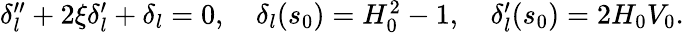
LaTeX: \begin{array}{r}{\delta_{l}^{\prime\prime}+2\xi\delta_{l}^{\prime}+\delta_{l}=0,\quad\delta_{l}(s_{0})=H_{0}^{2}-1,\quad\delta_{l}^{\prime}(s_{0})=2H_{0}V_{0}.}\end{array}